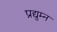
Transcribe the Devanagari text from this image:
प्रद्युम्‍न